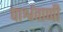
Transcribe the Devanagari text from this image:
पार्श्ववाणी